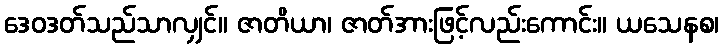
ဒေဝဒတ်သည်သာလျှင်။ ဇာတိယာ၊ ဇာတ်အားဖြင့်လည်းကောင်း။ ယသေနစ၊